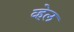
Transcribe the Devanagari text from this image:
व्‍हेल